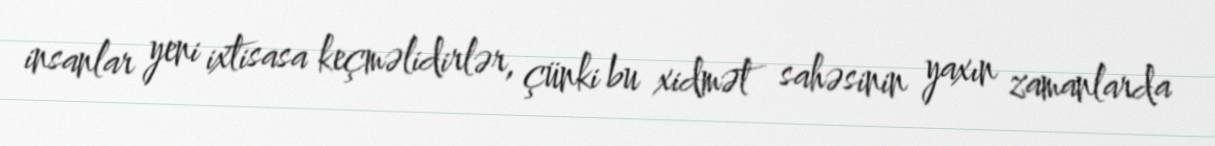
insanlar yeni ixtisasa keçməlidirlər, çünki bu xidmət sahəsinin yaxın zamanlarda